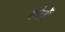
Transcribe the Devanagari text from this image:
वोर्ले